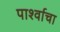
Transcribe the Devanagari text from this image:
पार्श्वाचा